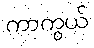
ကာကွယ်